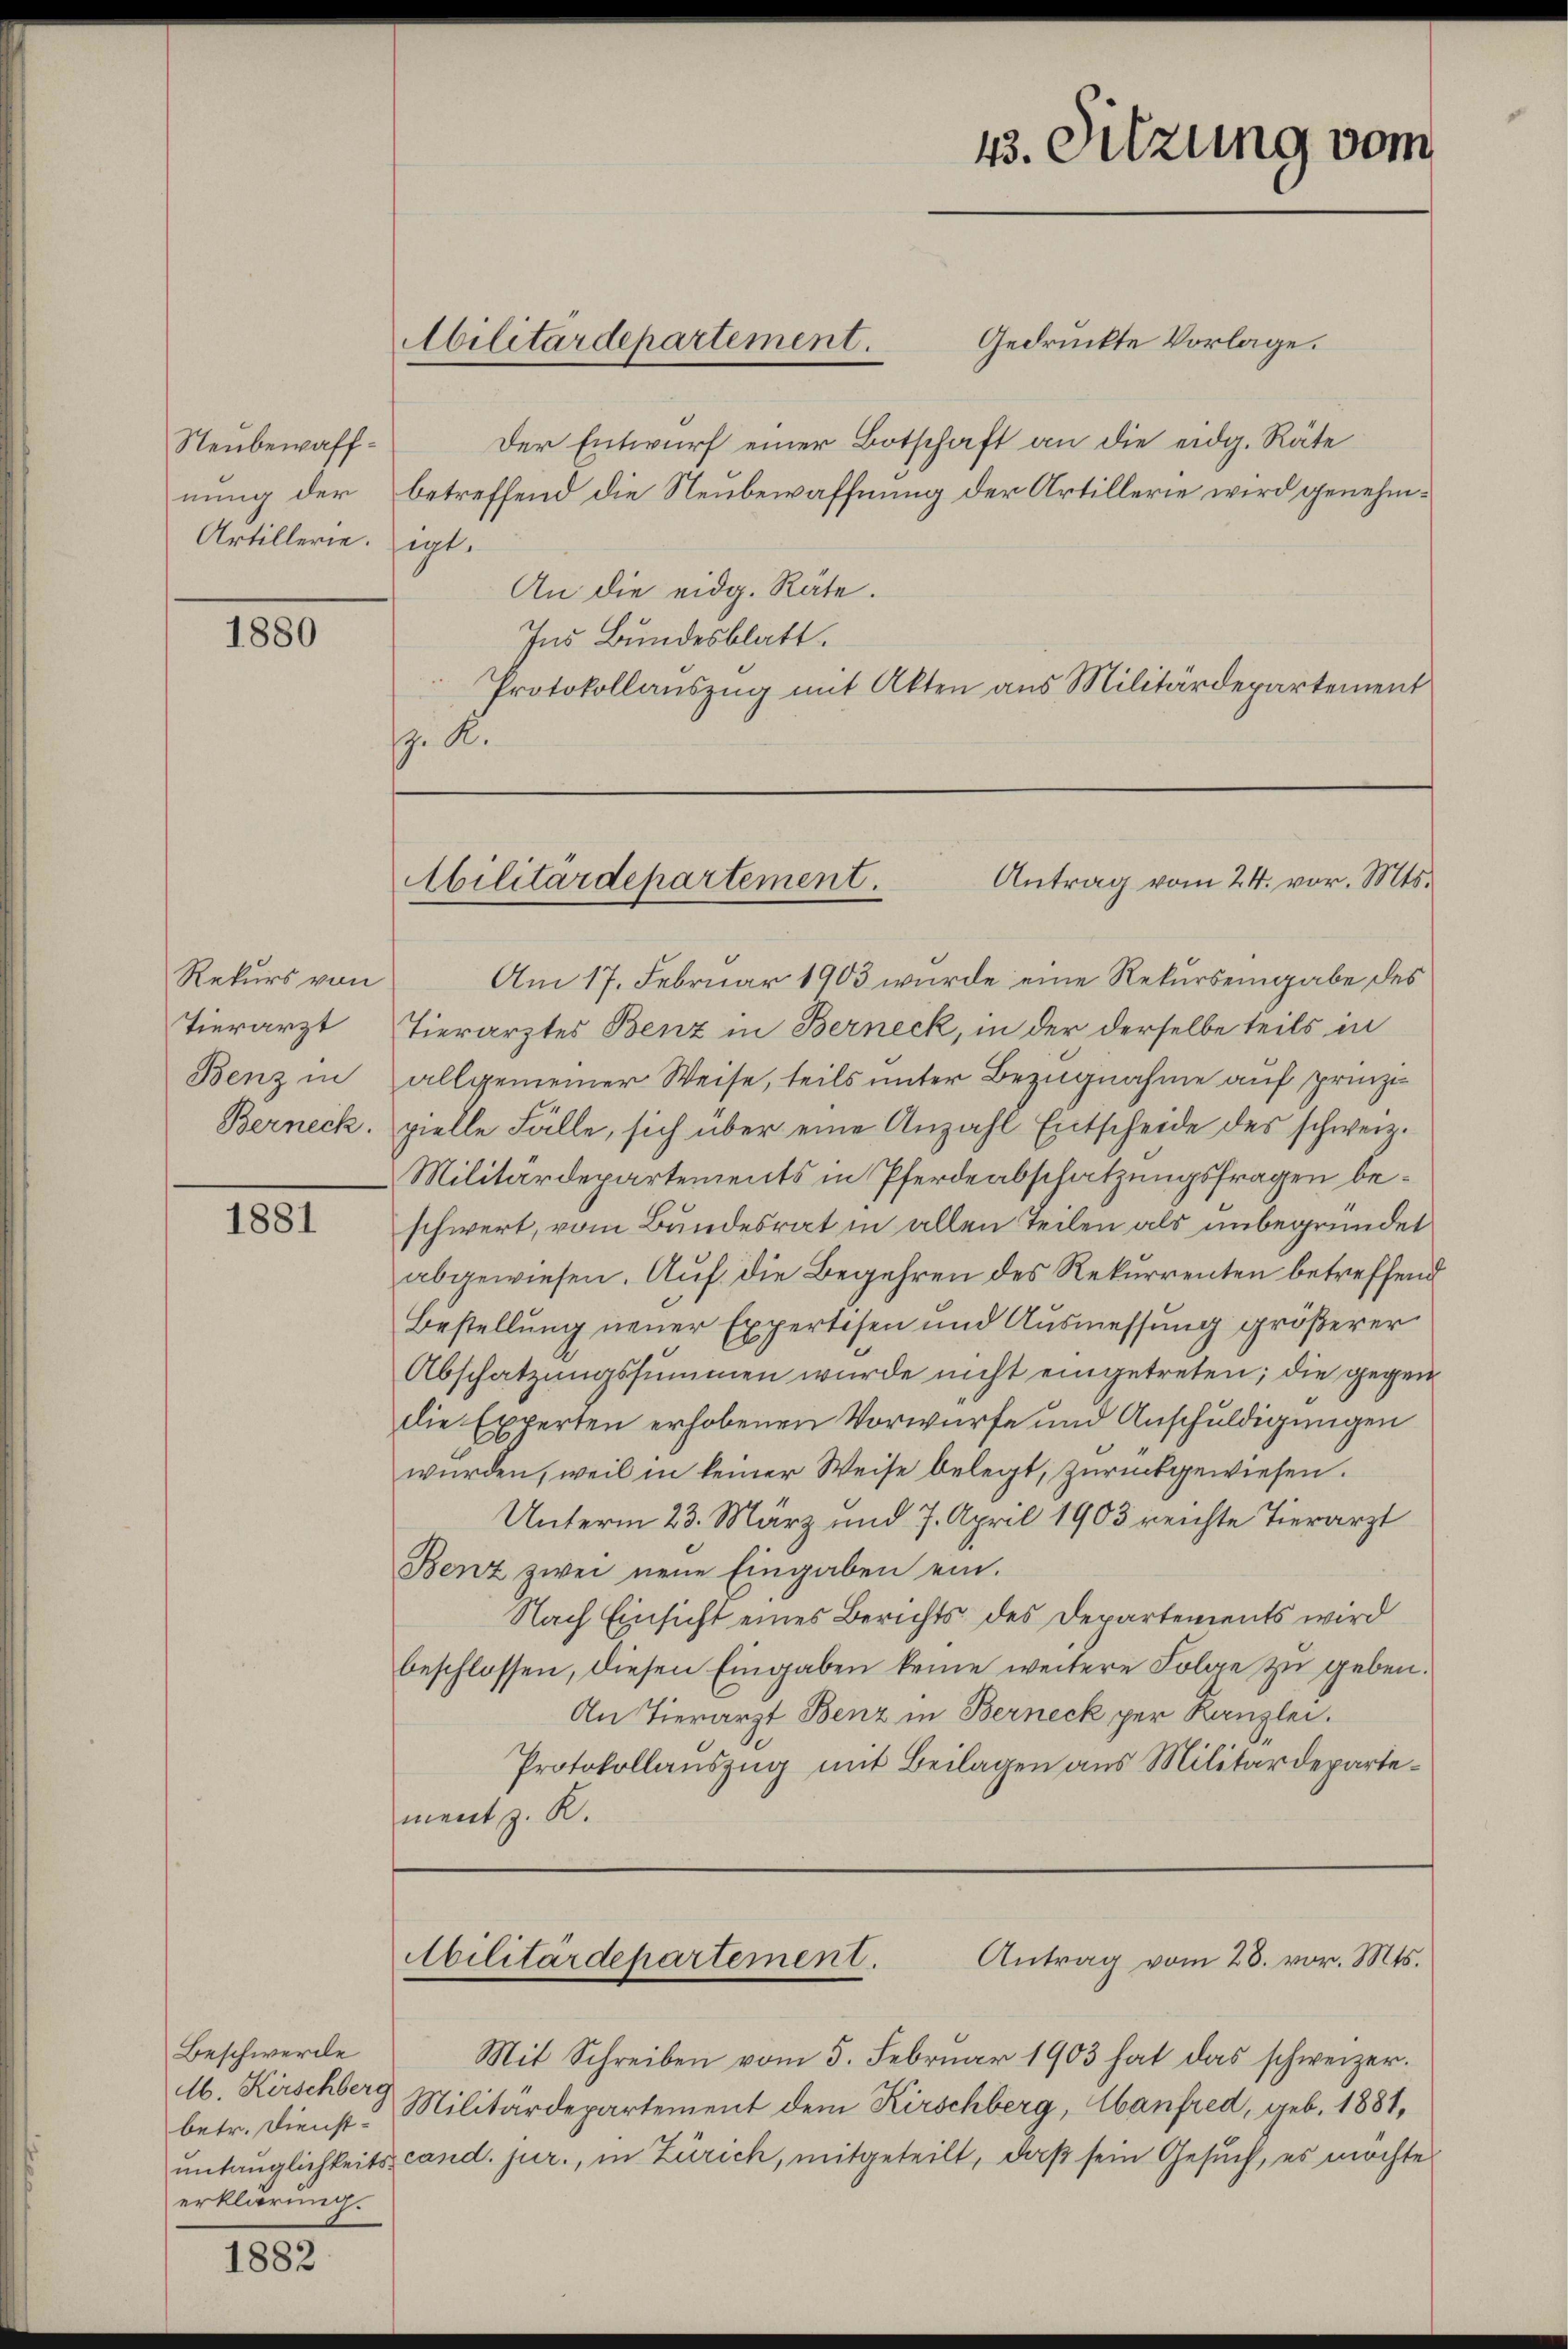
Neubewaffnung der
Artillerie.

1880

Rekurs von
Tierarzt
Benz in
Berneck.

1881

Beschwerde
M. Kirschberg
betr. Dienst-
erklärung.

1882

Gedruckte Vorlage.
Der Entwurf einer Botschaft an die eidg. Räte
betreffend die Neubewaffnung der Artillerie wird genehmigt.
An die eidg. Räte.
Ins Bundesblatt.
Protokollauszug mit Akten aus Militärdepartement
. K.
Am 17. Februar 1903 wurde eine Rekurseingabe des
Tierarztes Benz in Berneck, in der derselbe teils in
allgemeiner Weise, teils unter Bezugnahme auf sprinzipielle Fälle, sich über eine Anzahl Entscheide des schweiz.
Militärdepartements in Pferdeabschatzungsfragen beschwert, vom Bundesrat in allen Teilen als unbegründet
abgewiesen. Auf die Begehren des Rekurrenten betreffend
Bestellung neuer Expertisen und Ausmessung größerer
Abschatzungssummen wurde nicht eingetreten; die gegen
die Experten erhobenen Vorwürfe und Anschuldigungen
würden, weil in keiner Weise belegt, zŭrückgewiesen.
Unterm 23. März und 7. April 1903 reichte Tierarzt
Benz zwei neue Eingaben ein.
Nach Einsicht eines Berichts des Departements wird
beschlossen, diesen Eingaben keine weitere Folge zu geben.
An Tierarzt Benz in Berneck per Kanzlei.
Protokollauszug mit Beilagen aus Militärdepartement z. R.
Antrag vom 28. vor. Mts.
Abilitärdepartement.
Mit Schreiben vom 5. Februar 1903 hat das schweizer¬
Militärdepartement dem Kirschberg, Hanfred, geb. 1881,
untauglichkeits cand. jur., in Zürich, mitgeteilt, daß sein Gesuch, es möchte

bilitärdepartement.

43. Sitzung vom

Antrag vom 24. vor. Mts.
bilitärdepartement.